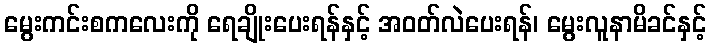
မွေးကင်းစကလေးကို ရေချိုးပေးရန်နှင့် အဝတ်လဲပေးရန်၊ မွေးလူနာမိခင်နှင့်